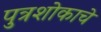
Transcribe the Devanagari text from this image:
पुत्रशोकाचे